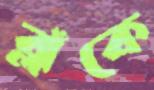
ব্লাঁকে